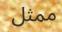
ممثل